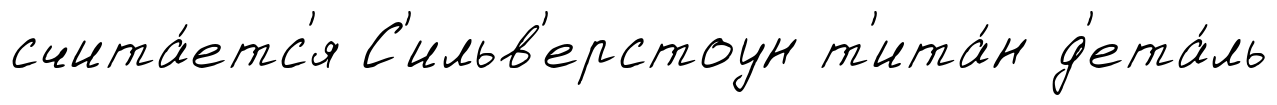
счита́етс'я С'ильв'ерстоун т'ита́н д'ета́ль